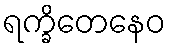
ရက္ခိတေနေဝ